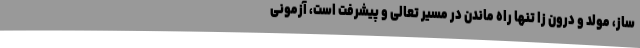
ساز، مولد و درون زا تنها راه ماندن در مسیر تعالی و پیشرفت است، آزمونی